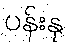
ပန်းနု